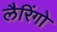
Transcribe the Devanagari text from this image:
लैरिंगो